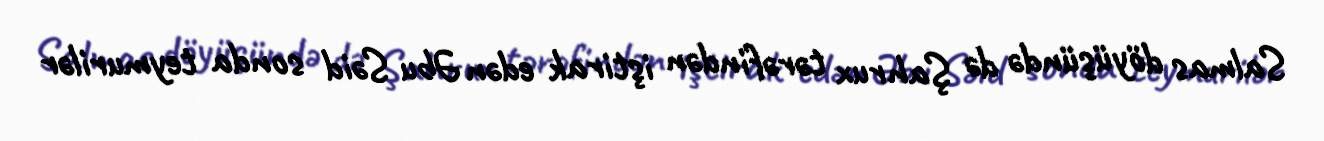
Salmas döyüşündə də Şahrux tərəfindən iştirak edən Əbu Səid sonda teymurilər